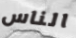
الناس